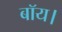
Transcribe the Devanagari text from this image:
बॉय।